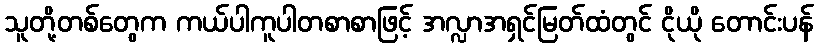
သူတို့တစ်တွေက ကယ်ပါကူပါတစာစာဖြင့် အလ္လာအရှင်မြတ်ထံတွင် ငိုယို တောင်းပန်